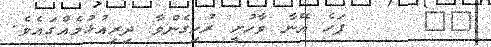
٢١     ފަހެ އޭނާ ވާހުށީ ރުހިގެންވާ ދިރިއުޅުމެއްގައެވެ.